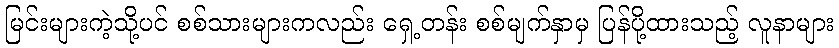
မြင်းများကဲ့သို့ပင် စစ်သားများကလည်း ရှေ့တန်း စစ်မျက်နှာမှ ပြန်ပို့ထားသည့် လူနာများ